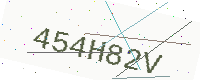
Text: 454H82V